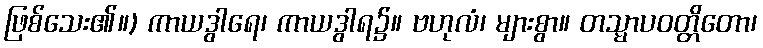
ဖြစ်သေး၏။) ကာယဒွါရေ၊ ကာယဒွါရ၌။ ဗဟုလံ၊ များစွာ။ တသ္မာပဝတ္တိတော၊